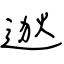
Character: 逖